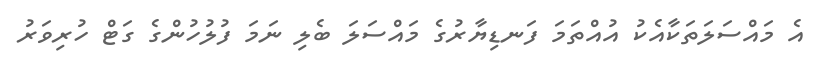
އެ މައްސަލަތަކާއެކު އުއްތަމަ ފަނޑިޔާރުގެ މައްސަލަ ބެލި ނަމަ ފުލުހުންގެ ގަޓް ހުރިވަރު